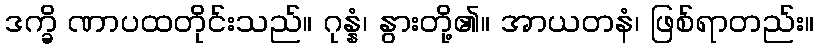
ဒက္ခိ ဏာပထတိုင်းသည်။ ဂုန္နံ၊ နွားတို့၏။ အာယတနံ၊ ဖြစ်ရာတည်း။